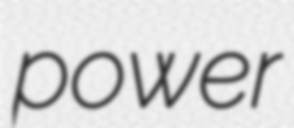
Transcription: power